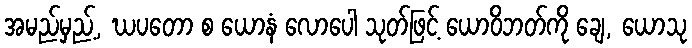
အမည်မှည့်, ဃပတော စ ယောနံ လောပေါ သုတ်ဖြင့် ယောဝိဘတ်ကို ချေ, ယောသု